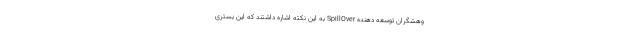
وهشگران توسعه دهنده SpillOver به این نکته اشاره داشتند که این بستری